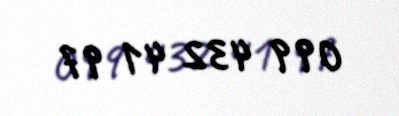
099 432 41 97